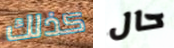
كذلك حال